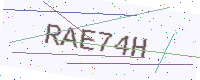
Text: RAE74H